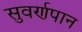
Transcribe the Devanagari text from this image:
सुवर्णपान